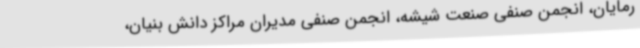
رمایان، انجمن صنفی صنعت شیشه، انجمن صنفی مدیران مراکز دانش بنیان،